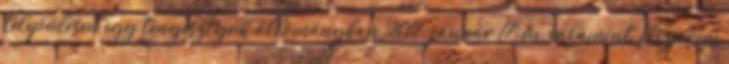
településen egy tenyésztyúk állományban 2017. január 17-én, valamint Veszprém